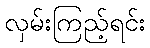
လှမ်းကြည့်ရင်း